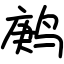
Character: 鹒